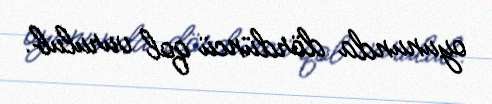
oyununda dördüncü qol vurulub.